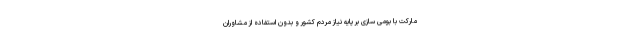
مارکت با بومی سازی بر پایه نیاز مردم کشور و بدون استفاده از مشاوران